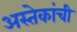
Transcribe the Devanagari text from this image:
अस्तेकांची